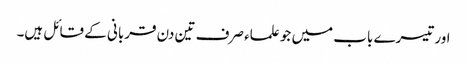
اور تیسرے باب میں جو علماء صرف تین دن قربانی کے قائل ہیں۔